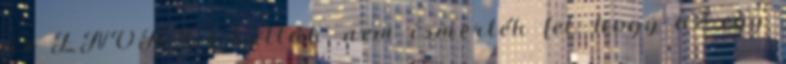
az ENOKÉ-t látták, nem ismerték fel, hogy az egy